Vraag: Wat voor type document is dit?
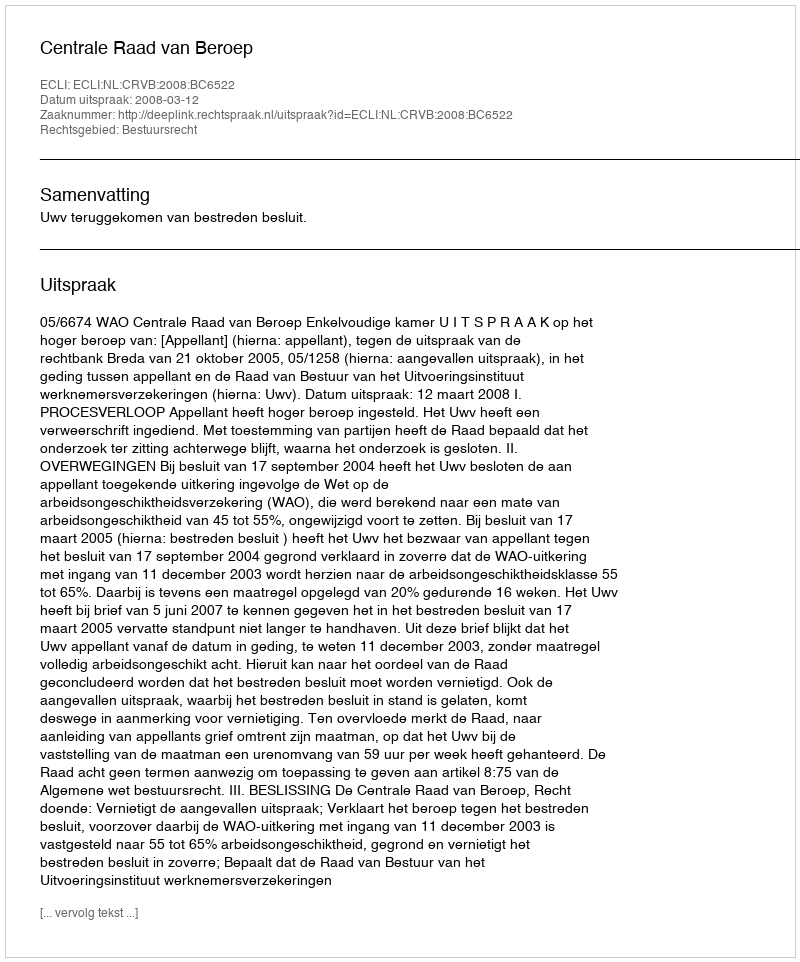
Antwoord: Uitspraak